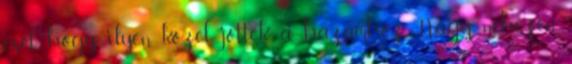
eset, hogy ilyen közel jöttek a házamhoz. Nagy nehezen